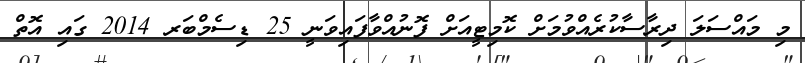
މި މައްސަލަ ދިރާސާކުރެއްވުމަށް ކޮމިޓީއަށް ފޮނުއްވާފައިވަނީ 25 ޑިސެމްބަރ 2014 ގައި އޮތް